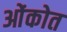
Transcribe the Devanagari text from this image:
ओंकोत